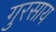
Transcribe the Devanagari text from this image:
गुरसाय